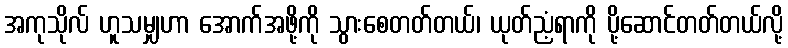
အကုသိုလ် ဟူသမျှဟာ အောက်အဖို့ကို သွားစေတတ်တယ်၊ ယုတ်ညံ့ရာကို ပို့ဆောင်တတ်တယ်လို့